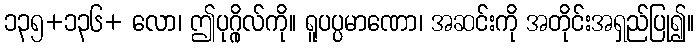
၁၃၅+၁၃၆+ လော၊ ဤပုဂ္ဂိုလ်ကို။ ရူပပ္ပမာဏော၊ အဆင်းကို အတိုင်းအရှည်ပြု၍။